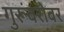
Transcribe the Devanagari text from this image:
गुरूंबरोबर